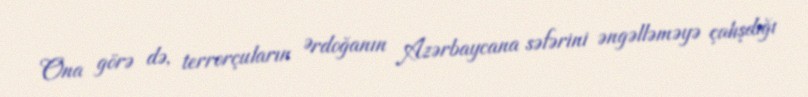
Ona görə də, terrorçuların Ərdoğanın Azərbaycana səfərini əngəlləməyə çalışdığı